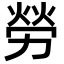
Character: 勞